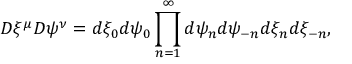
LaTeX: { \cal D } \xi ^ { \mu } { \cal D } \psi ^ { \nu } = d \xi _ { 0 } d \psi _ { 0 } \prod _ { n = 1 } ^ { \infty } d \psi _ { n } d \psi _ { - n } d \xi _ { n } d \xi _ { - n } ,